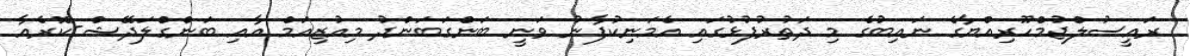
ރައީސުލްޖުމްހޫރިއްޔާގެ ނައިބުގެ މި ދަތުރުފުޅުގައި އެމަނިކުފާނު ވަނީ ބަންގަބަންދު މިއުޒިއަމް އާއި ބަންގްލަދޭޝް-ކޮރެއާ